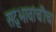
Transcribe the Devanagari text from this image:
सद्‍भावांचीच